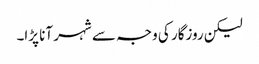
لیکن روزگار کی وجہ سے شہر آنا پڑا۔